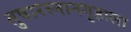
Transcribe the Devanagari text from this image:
तुषारस्नानगृहाला